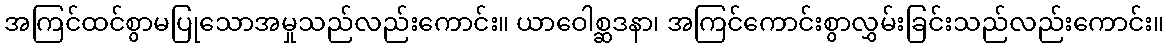
အကြင်ထင်စွာမပြုသောအမှုသည်လည်းကောင်း။ ယာဝေါစ္ဆဒနာ၊ အကြင်ကောင်းစွာလွှမ်းခြင်းသည်လည်းကောင်း။